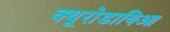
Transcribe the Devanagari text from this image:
क्यूरोडायिआ